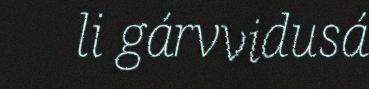
li gárvvidusá